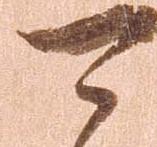
可